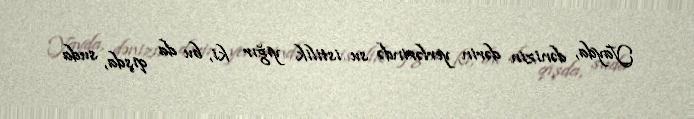
Yayda, dənizin dərin yerlərində su istilik yığır ki, bu da qışda, suda